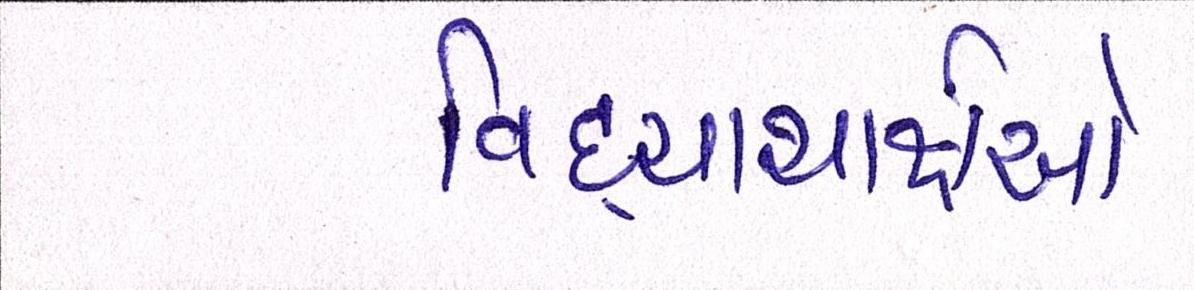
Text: વિદ્યાથર્ક્ષઓ